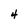
Character: 4